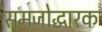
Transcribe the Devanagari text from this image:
समजोद्धारक